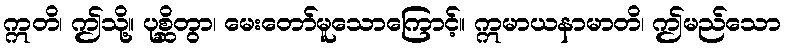
ဣတိ၊ ဤသို့။ ပုစ္ဆိတွာ၊ မေးတော်မူသောကြောင့်။ ဣမာယနာမာတိ၊ ဤမည်သော